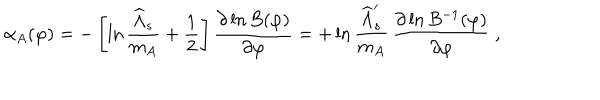
\alpha _ { A } ( \varphi ) = - \left[ \ln { \frac { \widehat \Lambda _ { s } } { m _ { A } } } + { \frac { 1 } { 2 } } \right] { \frac { \partial \ln B ( \varphi ) } { \partial \varphi } } = + \ln { \frac { \widehat \Lambda _ { s } ^ { \prime } } { m _ { A } } } \, { \frac { \partial \ln B ^ { - 1 } ( \varphi ) } { \partial \varphi } } \ ,